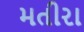
મતીરા